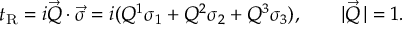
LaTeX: t _ { \mathrm { R } } = i \vec { Q } \cdot \vec { \sigma } = i ( Q ^ { 1 } \sigma _ { 1 } + Q ^ { 2 } \sigma _ { 2 } + Q ^ { 3 } \sigma _ { 3 } ) , \qquad | \vec { Q } \, | = 1 .